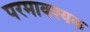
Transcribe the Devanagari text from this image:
परमावश्‍यक